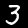
Label: 3